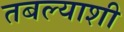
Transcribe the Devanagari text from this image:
तबल्याशी